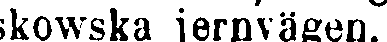
skowska jernvägen.